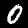
Digit: 0